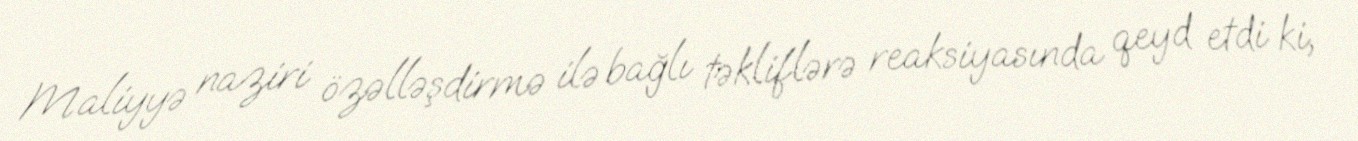
Maliyyə naziri özəlləşdirmə ilə bağlı təkliflərə reaksiyasında qeyd etdi ki,